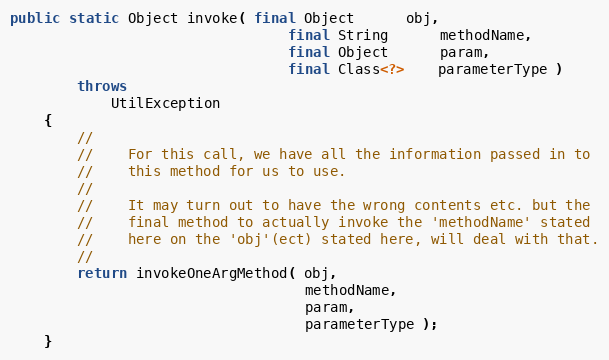
Language: Java
public static Object invoke( final Object      obj,
                                 final String      methodName,
                                 final Object      param,
                                 final Class<?>    parameterType )
        throws
            UtilException
    {
        //
        //    For this call, we have all the information passed in to
        //    this method for us to use.
        //
        //    It may turn out to have the wrong contents etc. but the
        //    final method to actually invoke the 'methodName' stated
        //    here on the 'obj'(ect) stated here, will deal with that.
        //
        return invokeOneArgMethod( obj,
                                   methodName,
                                   param,
                                   parameterType );
    }